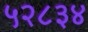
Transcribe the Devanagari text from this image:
५२८३४